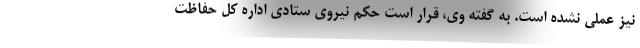
نیز عملی نشده است. به گفته وی، قرار است حکم نیروی ستادی اداره کل حفاظت